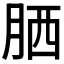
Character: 𦚵